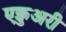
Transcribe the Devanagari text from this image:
एक्चुअरी